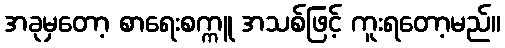
အခုမှတော့ စာရေးစက္ကူ အသစ်ဖြင့် ကူးရတော့မည်။